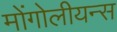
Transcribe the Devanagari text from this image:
मोंगोलीयन्स